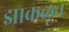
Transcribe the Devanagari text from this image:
झाकळून